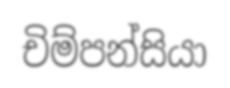
චිම්පන්සියා